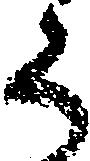
ら